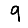
Digit: 9